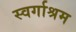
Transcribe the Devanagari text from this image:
स्‍वर्गाश्रम